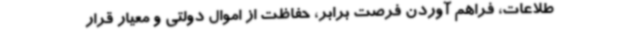
طلاعات، فراهم آوردن فرصت برابر، حفاظت از اموال دولتی و معیار قرار